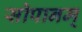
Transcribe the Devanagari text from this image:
सोपानम्